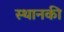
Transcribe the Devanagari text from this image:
स्‍थानकी